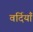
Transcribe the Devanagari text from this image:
वर्दियाँ